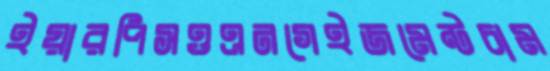
ইয়ারপিসওএনগেইজমেন্টচাম